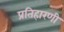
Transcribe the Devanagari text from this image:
प्रतिहारणी